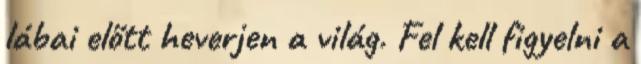
lábai előtt heverjen a világ. Fel kell figyelni a